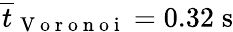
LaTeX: \overline{{t}}_{\mathrm{~V~o~r~o~n~o~i~}}=0.32\; \mathrm{s}